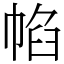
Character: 㡊